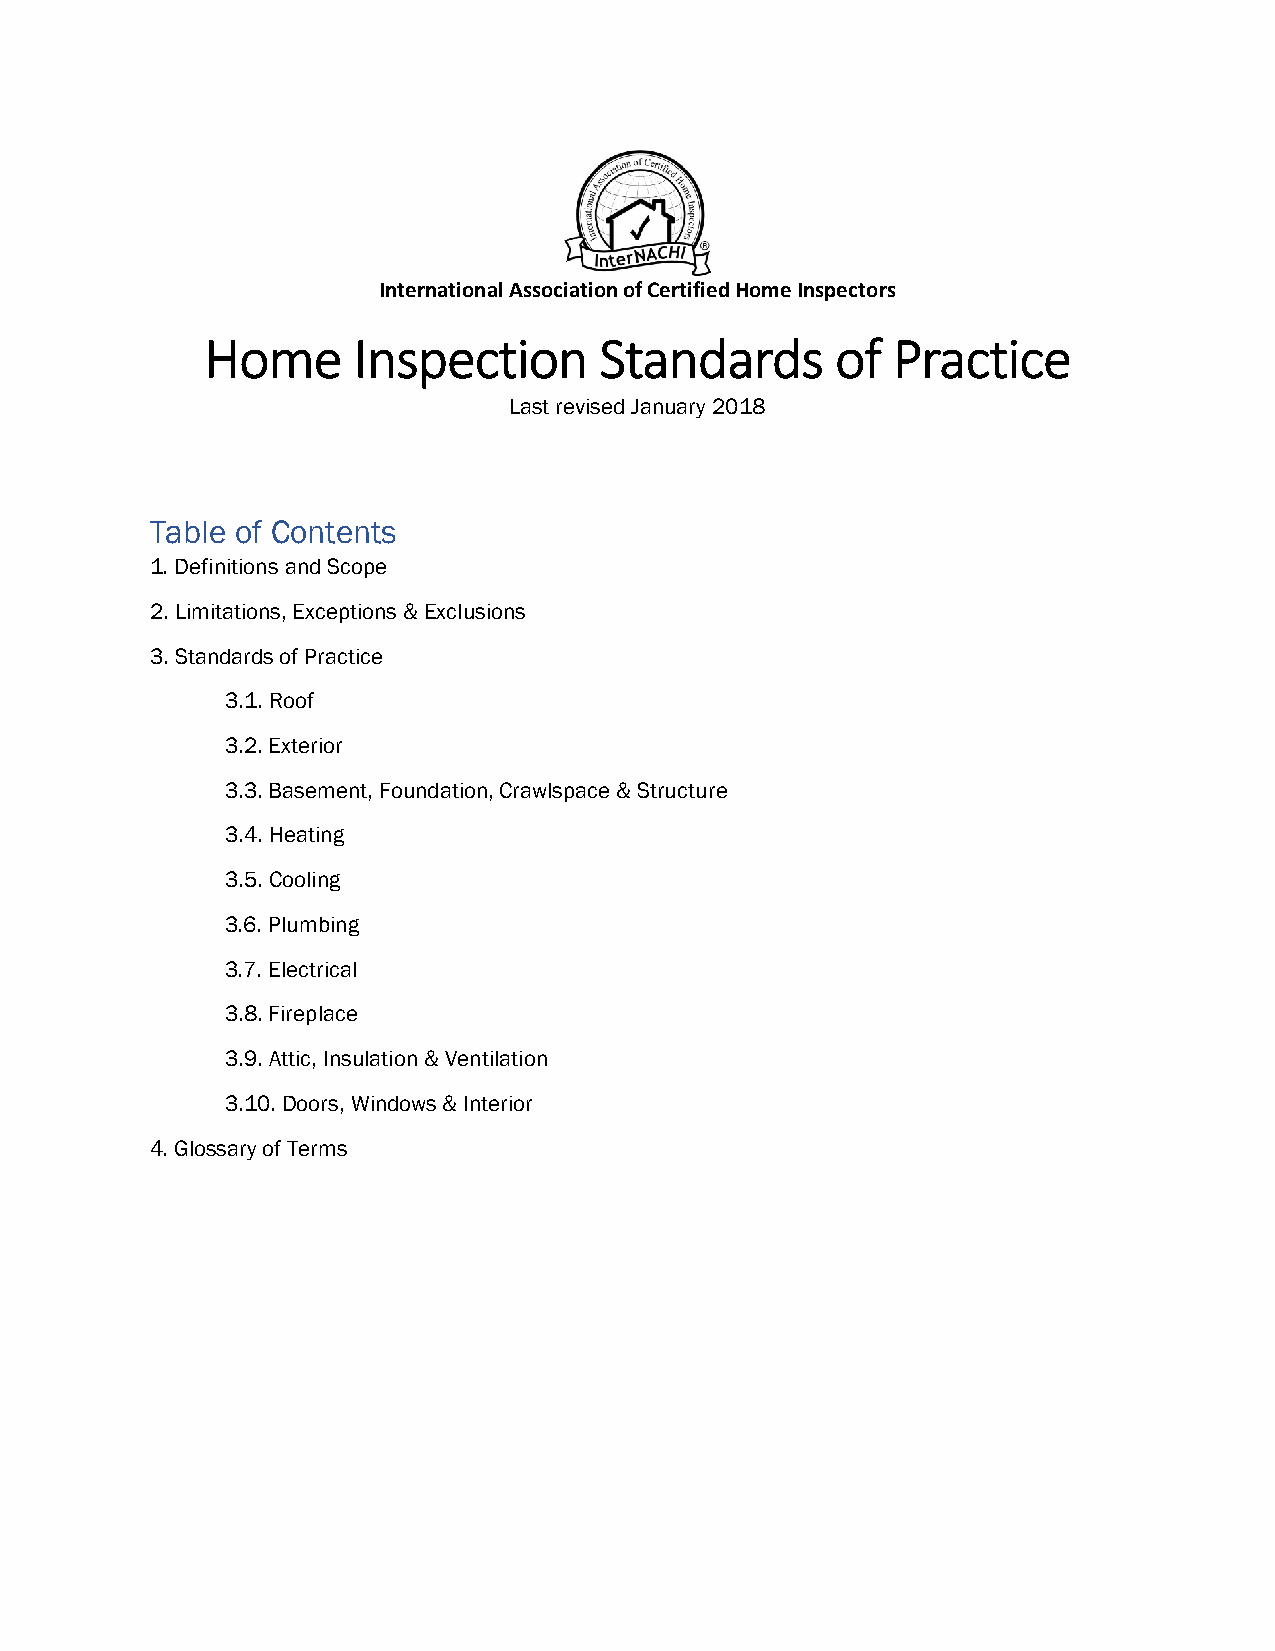
International Association of Certified Home Inspectors
 Home     Inspection       Standards      of  Practice
 Last revised January 2018
 Table of Contents
 1. Definitions and Scope
 2. Limitations, Exceptions & Exclusions
 3. Standards of Practice
 3.1. Roof
 3.2. Exterior
 3.3. Basement, Foundation, Crawlspace & Structure
 3.4. Heating
 3.5. Cooling
 3.6. Plumbing
 3.7. Electrical
 3.8. Fireplace
 3.9. Attic, Insulation & Ventilation
 3.10. Doors, Windows & Interior
 4. Glossary of Terms